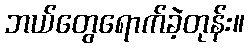
ဘယ်တွေရောက်ခဲ့တုန်း။